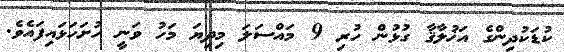
ކުޑަކުދިންގެ އަޚުލާޤާ ގުޅުން ހުރި 9 މައްސަލަ މިދިޔަ މަހު ވަނީ ހުށަހަޅައިފައެވެ.